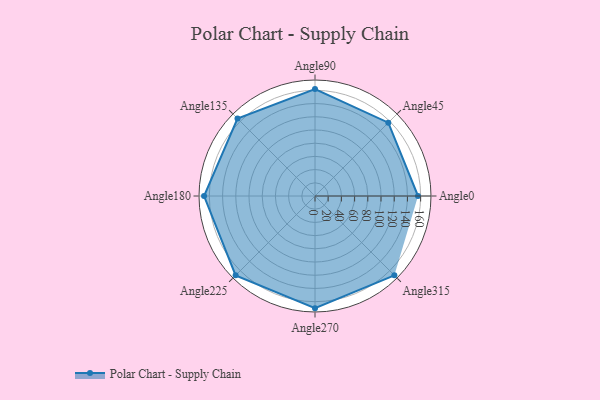
{"axis": {"x": "Angle", "y": "Radius"}, "legend": [""], "data": [{"x": "Angle0", "y": 156.0, "type": ""}, {"x": "Angle45", "y": 157.0, "type": ""}, {"x": "Angle90", "y": 162.0, "type": ""}, {"x": "Angle135", "y": 166.0, "type": ""}, {"x": "Angle180", "y": 168.0, "type": ""}, {"x": "Angle225", "y": 170, "type": ""}, {"x": "Angle270", "y": 170, "type": ""}, {"x": "Angle315", "y": 170, "type": ""}]}